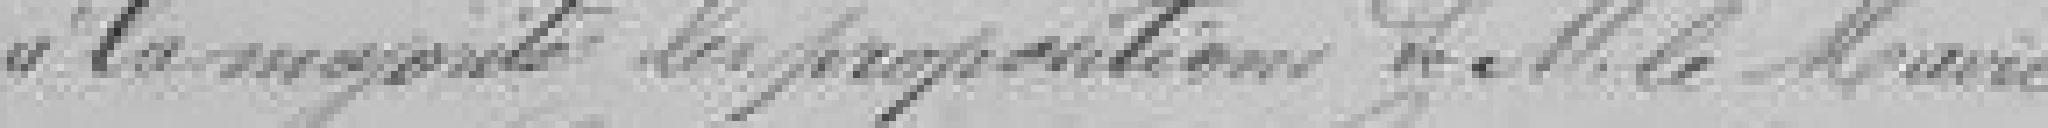
à la majorité la proposition, de Monsieur le Maire